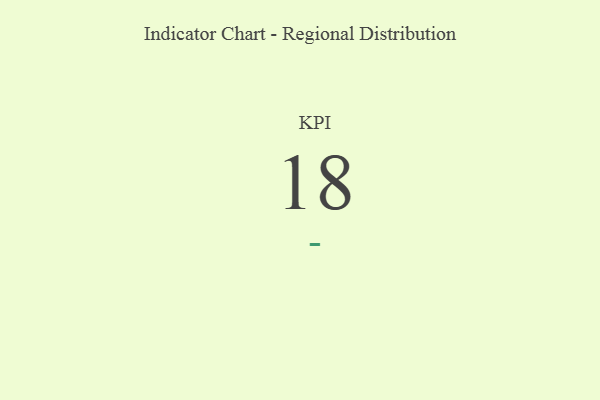
{"axis": {"x": "KPI", "y": "Value"}, "legend": [""], "data": [{"x": "KPI", "y": 18, "type": ""}]}